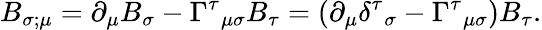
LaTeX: B_{\sigma;\mu}=\partial_{\mu}B_{\sigma}-\Gamma^{\tau}{}_{\mu\sigma}B_{\tau}=(\partial_{\mu}\delta^{\tau}{}_{\sigma}-\Gamma^{\tau}{}_{\mu\sigma})B_{\tau}.